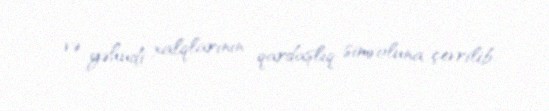
və yəhudi xalqlarının qardaşlıq simvoluna çevrilib.